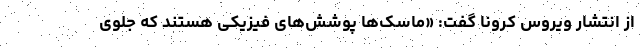
از انتشار ویروس کرونا گفت: «ماسک‌ها پوشش‌های فیزیکی هستند که جلوی